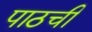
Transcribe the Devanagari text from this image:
पाठची